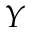
Y